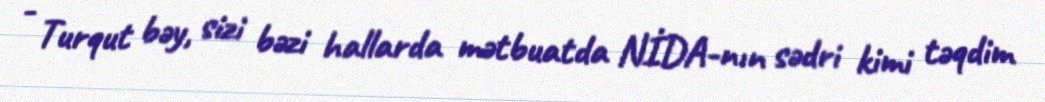
- Turqut bəy, sizi bəzi hallarda mətbuatda NİDA-nın sədri kimi təqdim